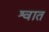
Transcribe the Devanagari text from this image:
श्वात